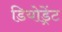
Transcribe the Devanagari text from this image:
डियोड्रेंट